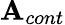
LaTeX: \mathbf{A}_{cont}